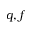
q , f